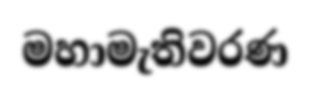
මහාමැතිවරණ